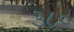
૩૮૦